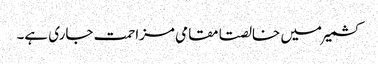
کشمیر میں خالصتا مقامی مزاحمت جاری ہے۔